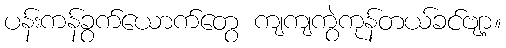
ပန်းကန်ခွက်ယောက်တွေ ကျကျကွဲကုန်တယ်ခင်ဗျာ့။